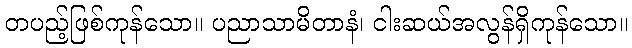
တပည့်ဖြစ်ကုန်သော။ ပညာသာမိတာနံ၊ ငါးဆယ်အလွန်ရှိကုန်သော။